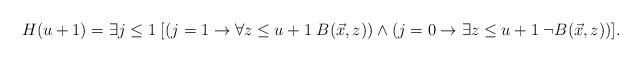
LaTeX: \begin{align*}H(u+1)=\exists j \leq 1 \; [(j=1 \rightarrow \forall z \leq u+1 \; B(\vec{x}, z)) \wedge (j=0 \rightarrow \exists z \leq u+1 \; \neg B(\vec{x}, z) )] .\end{align*}